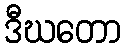
ဒီဃတော